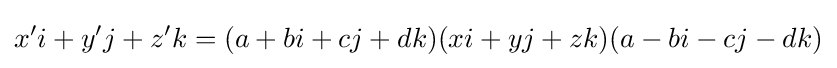
x'i+y'j+z'k=(a+bi+cj+dk)(xi+yj+zk)(a-bi-cj-dk)